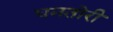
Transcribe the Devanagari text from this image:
धनतोरी